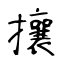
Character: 攘